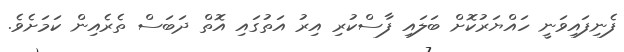
ފެނިފައިވަނީ ހައްޔަރުކޮށް ބަލައި ފާސްކުރި އިރު އަތުގައި އޮތް ދަބަސް ތެރެއިން ކަމަށެވެ.